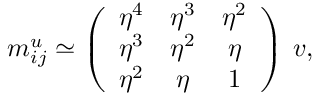
m _ { i j } ^ { u } \simeq \left( \begin{array} { c c c } { { \eta ^ { 4 } } } & { { \eta ^ { 3 } } } & { { \eta ^ { 2 } } } \\ { { \eta ^ { 3 } } } & { { \eta ^ { 2 } } } & { { \eta } } \\ { { \eta ^ { 2 } } } & { { \eta } } & { { 1 } } \end{array} \right) \: v ,